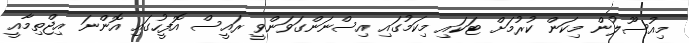
މިއުސޫލުން މިކަން ކުރުމަށް ޓަކައި މިކަމުގައި އިސްނަންގަވަންވީ ރައީސް އޮފީހުގައި އޮންނަ އިޖްތިމާއީ